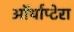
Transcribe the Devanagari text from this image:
ऑर्थाप्टेरा